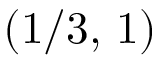
( 1 / 3 , \, 1 )